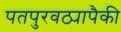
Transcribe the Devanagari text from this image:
पतपुरवठ्यापैकी